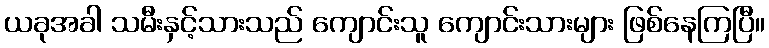
ယခုအခါ သမီးနှင့်သားသည် ကျောင်းသူ ကျောင်းသားများ ဖြစ်နေကြပြီ။